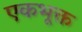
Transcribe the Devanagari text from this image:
एकभूक्त